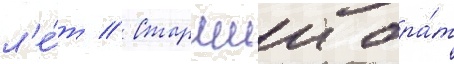
л'е́т // Старшии бра́т